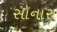
સૉનારા